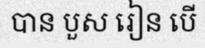
បាន បួស រៀន បើ